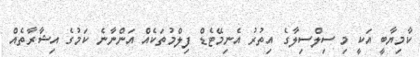
ކާމިޔާބީ އަކީ މި ސިލްސިލާގެ އިތުރު އެނިމޭޓެޑް ފިލްމުތަކެއް އަންނާނެ ކަމުގެ އިޝާރާތެއް